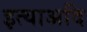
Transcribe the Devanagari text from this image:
इत्याअदि